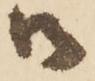
御